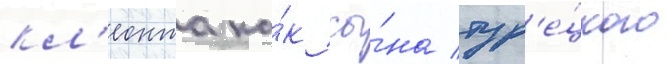
кл'еонта ка́к сы́на тур'е́цкого